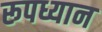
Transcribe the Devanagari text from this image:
रूपध्यान